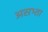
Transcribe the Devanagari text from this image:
असभ्ता